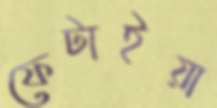
ফেটাইয়া